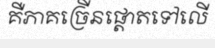
គឺភាគច្រើនផ្តោតទៅលើ